画像に写った文字を読んでください
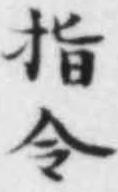
「指令」と書いてあります